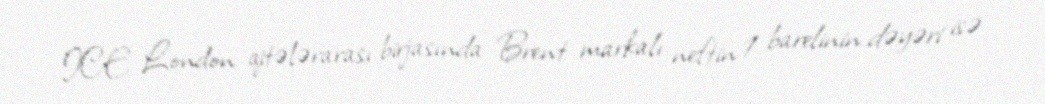
ICE London qitələrarası birjasında Brent markalı neftin 1 barelinin dəyəri isə